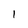
Character: I